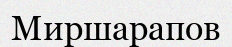
Миршарапов